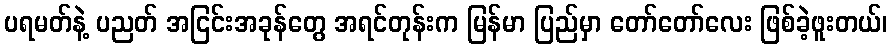
ပရမတ်နဲ့ ပညတ် အငြင်းအခုန်တွေ အရင်တုန်းက မြန်မာ ပြည်မှာ တော်တော်လေး ဖြစ်ခဲ့ဖူးတယ်၊